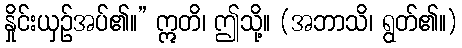
နှိုင်းယှဉ်အပ်၏။” ဣတိ၊ ဤသို့။ (အဘာသိ၊ ရွတ်၏။)